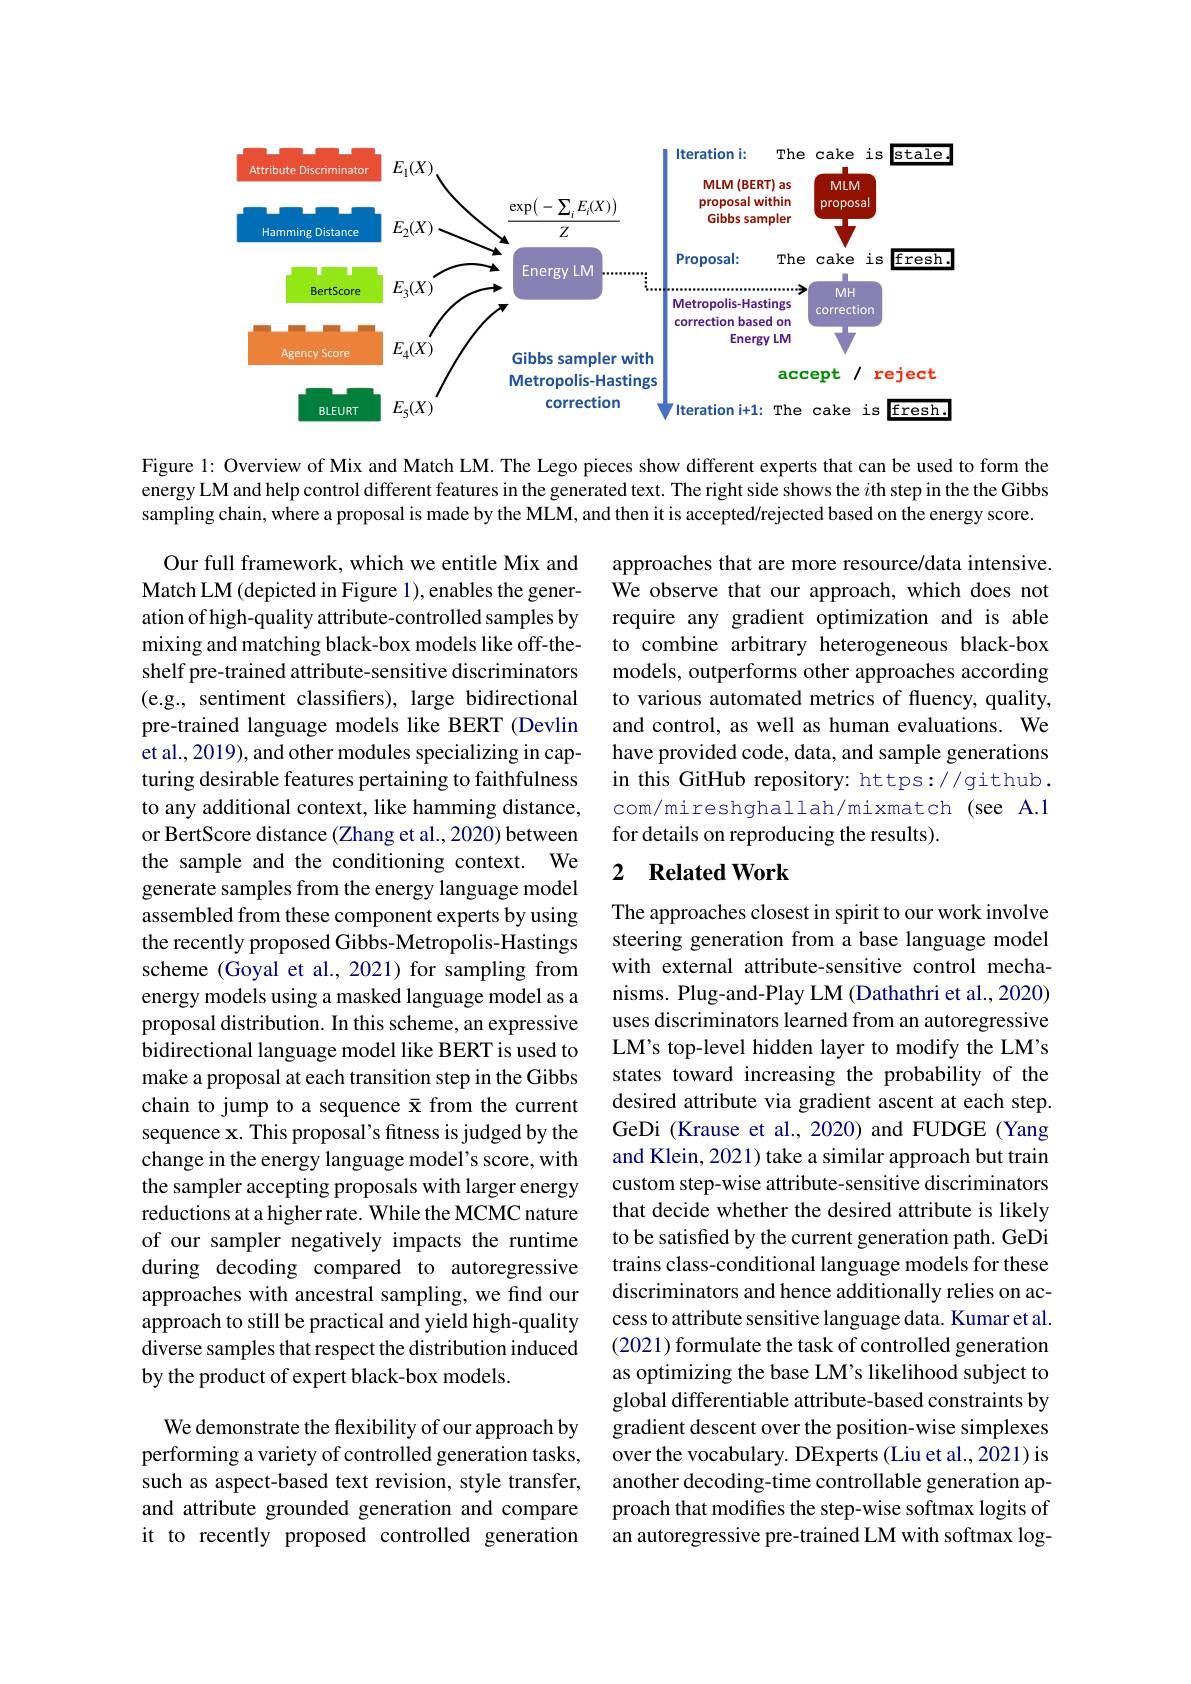
<FigureHere>

Figure 1: Overview of Mix and Match LM. The Lego pieces show different experts that can be used to form the energy LM and help control different features in the generated text. The right side shows the $i$th step in the the Gibbs sampling chain, where a proposal is made by the MLM, and then it is accepted/rejected based on the energy score.

approaches that are more resource/data intensive. We observe that our approach, which does not require any gradient optimization and is able to combine arbitrary heterogeneous black-box models, outperforms other approaches according to various automated metrics of fluency, quality, and control, as well as human evaluations. We have provided code, data, and sample generations in this GitHub repository: https://github. com/mireshghallah/mixmatch (see A.1 for details on reproducing the results).

### 2 $\textbf{Related Work}$

Our full framework, which we entitle Mix and Match LM (depicted in Figure 1), enables the generation of high-quality attribute-controlled samples by mixing and matching black-box models like off-theshelf pre-trained attribute-sensitive discriminators (e.g., sentiment classifiers), large bidirectional pre-trained language models like BERT (Devlin et al., 2019), and other modules specializing in capturing desirable features pertaining to faithfulness to any additional context, like hamming distance, or BertScore distance (Zhang et al., 2020) between the sample and the conditioning context. We generate samples from the energy language model assembled from these component experts by using the recently proposed Gibbs-Metropolis-Hastings scheme (Goyal et al., 2021) for sampling from energy models using a masked language model as a proposal distribution. In this scheme, an expressive bidirectional language model like BERT is used to make a proposal at each transition step in the Gibbs sequence x. This proposal's fitness is judged by the change in the energy language model's score, with the sampler accepting proposals with larger energy reductions at a higher rate. While the MCMC nature of our sampler negatively impacts the runtime during decoding compared to autoregressive approaches with ancestral sampling, we find our approach to still be practical and yield high-quality diverse samples that respect the distribution induced by the product of expert black-box models.
We demonstrate the flexibility of our approach by

The approaches closest in spirit to our work involve steering generation from a base language model with external attribute-sensitive control mechanisms. Plug-and-Play LM (Dathathri et al., 2020) uses discriminators learned from an autoregressive LM's top-level hidden layer to modify the LM's states toward increasing the probability of the desired attribute via gradient ascent at each step. GeDi (Krause et al., 2020) and FUDGE (Yang and Klein, 2021) take a similar approach but train custom step-wise attribute-sensitive discriminators that decide whether the desired attribute is likely to be satisfied by the current generation path. GeDi trains class-conditional language models for these discriminators and hence additionally relies on access to attribute sensitive language data. Kumar et al. (2021) formulate the task of controlled generation as optimizing the base LM's likelihood subject to global differentiable attribute-based constraints by gradient descent over the position-wise simplexes over the vocabulary. DExperts (Liu et al., 2021) is another decoding-time controllable generation approach that modifies the step-wise softmax logits of an autoregressive pre-trained LM with softmax log-

performing a variety of controlled generation tasks, such as aspect-based text revision, style transfer, and attribute grounded generation and compare it to recently proposed controlled generation